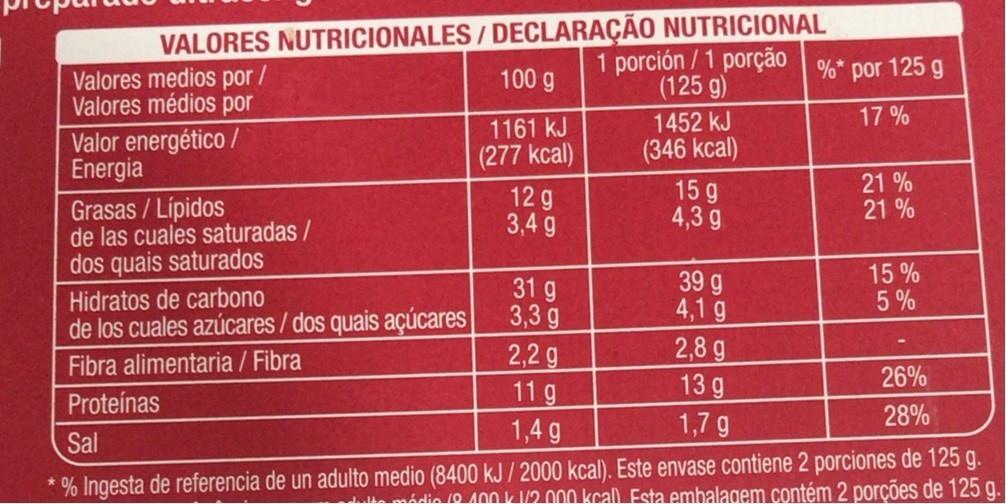
VALORES NUTRICIONALES / DECLARAÇÃO NUTRICIONAL 100 g
1 porción/1 porção %* por 125 g (125 g)
Valores medios por / Valores médios por
17%
Valor energético / Energia
1161 kJ (277 kcal)
1452 kJ (346 kcal)
12 g 3,4 g
15 g 4,3 g
21 % 21 %
Grasas / Lípidos de las cuales saturadas / dos quais saturados
15% 5%
31 g 3,3 g de los cuales azúcares / dos quais açúcares 2,2 g
39 g 4,1 g 2,8g 13 g
Hidratos de carbono
Fibra alimentaria / Fibra
26%
11 g 1,4 g
Proteínas
1,7 g
28%
Sal
* % Ingesta de referencia de un adulto medio (8400 kJ / 2000 kcal). Este envase contiene 2 porciones de 125 g. le mádio 10 A00 k /2.000 kcall Esta embalagem contém 2 porções de 125 g.